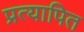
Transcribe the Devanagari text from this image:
प्रत्यापित